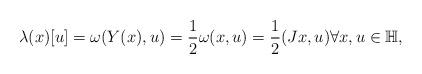
LaTeX: \begin{align*}\lambda(x)[u] = \omega(Y(x),u) = \frac{1}{2} \omega(x,u)=\frac{1}{2} (Jx,u) \forall x,u\in \mathbb{H},\end{align*}